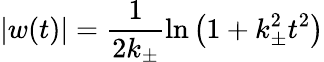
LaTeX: |w(t)|=\frac{1}{2k_{\pm}}\ln\left(1+k_{\pm}^{2}t^{2}\right)